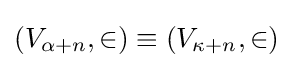
(V_{\alpha +n},\in )\equiv (V_{\kappa +n},\in )